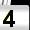
Digit: 4